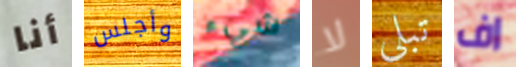
أنا وأجلس شيء لا تبلى اف